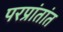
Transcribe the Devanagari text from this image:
परप्रांतांत